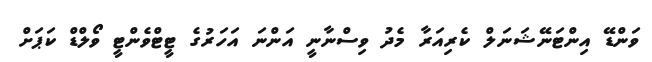
ވަންޑޭ އިިންޓަނޭޝަނަލް ކެރިއަރާ މެދު ވިސްނާނީ އަންނަ އަހަރުގެ ޓީޓްވެންޓީ ވޯލްޑް ކަޕަށް